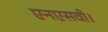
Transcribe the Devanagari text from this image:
एनएसवी।